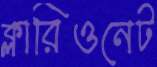
ক্লারিওনেট